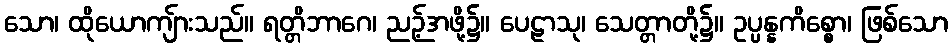
သော၊ ထိုယောကျ်ားသည်။ ရတ္တိဘာဂေ၊ ညဉ့်အဖို့၌။ ပေဠာသု၊ သေတ္တာတို့၌။ ဥပ္ပန္နကိစ္စော၊ ဖြစ်သော